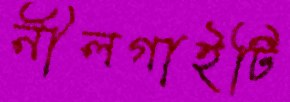
নীলগাইটি